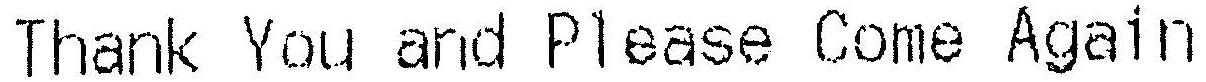
THANK YOU AND PLEASE COME AGAIN